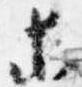
等